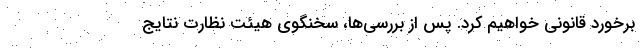
برخورد قانونی خواهیم کرد. پس از بررسی‌ها، سخنگوی هیئت نظارت نتایج